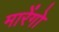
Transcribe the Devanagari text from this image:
मारेंगो